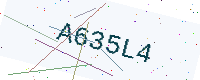
Text: A635L4